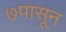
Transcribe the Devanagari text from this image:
७पासून